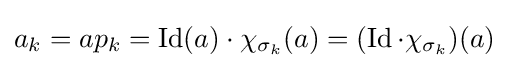
a_{k}=ap_{k}=\operatorname {Id} (a)\cdot \chi _{\sigma _{k}}(a)=(\operatorname {Id} \cdot \chi _{\sigma _{k}})(a)